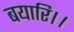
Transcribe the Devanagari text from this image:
बयारि।।